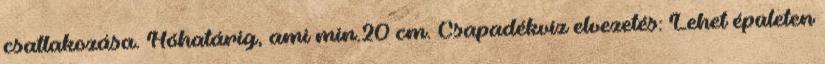
csatlakozása. Hóhatárig, ami min.20 cm. Csapadékvíz elvezetés: Lehet épületen